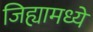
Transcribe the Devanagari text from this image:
जिह्यामध्ये